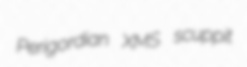
Perigordian XMS scuppit